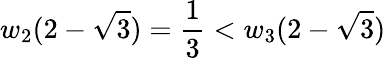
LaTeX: w_{2}(2-\sqrt{3})=\frac{1}{3}<w_{3}(2-\sqrt{3})